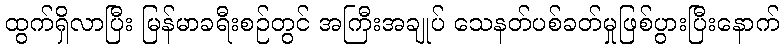
ထွက်ရှိလာပြီး မြန်မာခရီးစဉ်တွင် အကြီးအချုပ် သေနတ်ပစ်ခတ်မှုဖြစ်ပွားပြီးနောက်